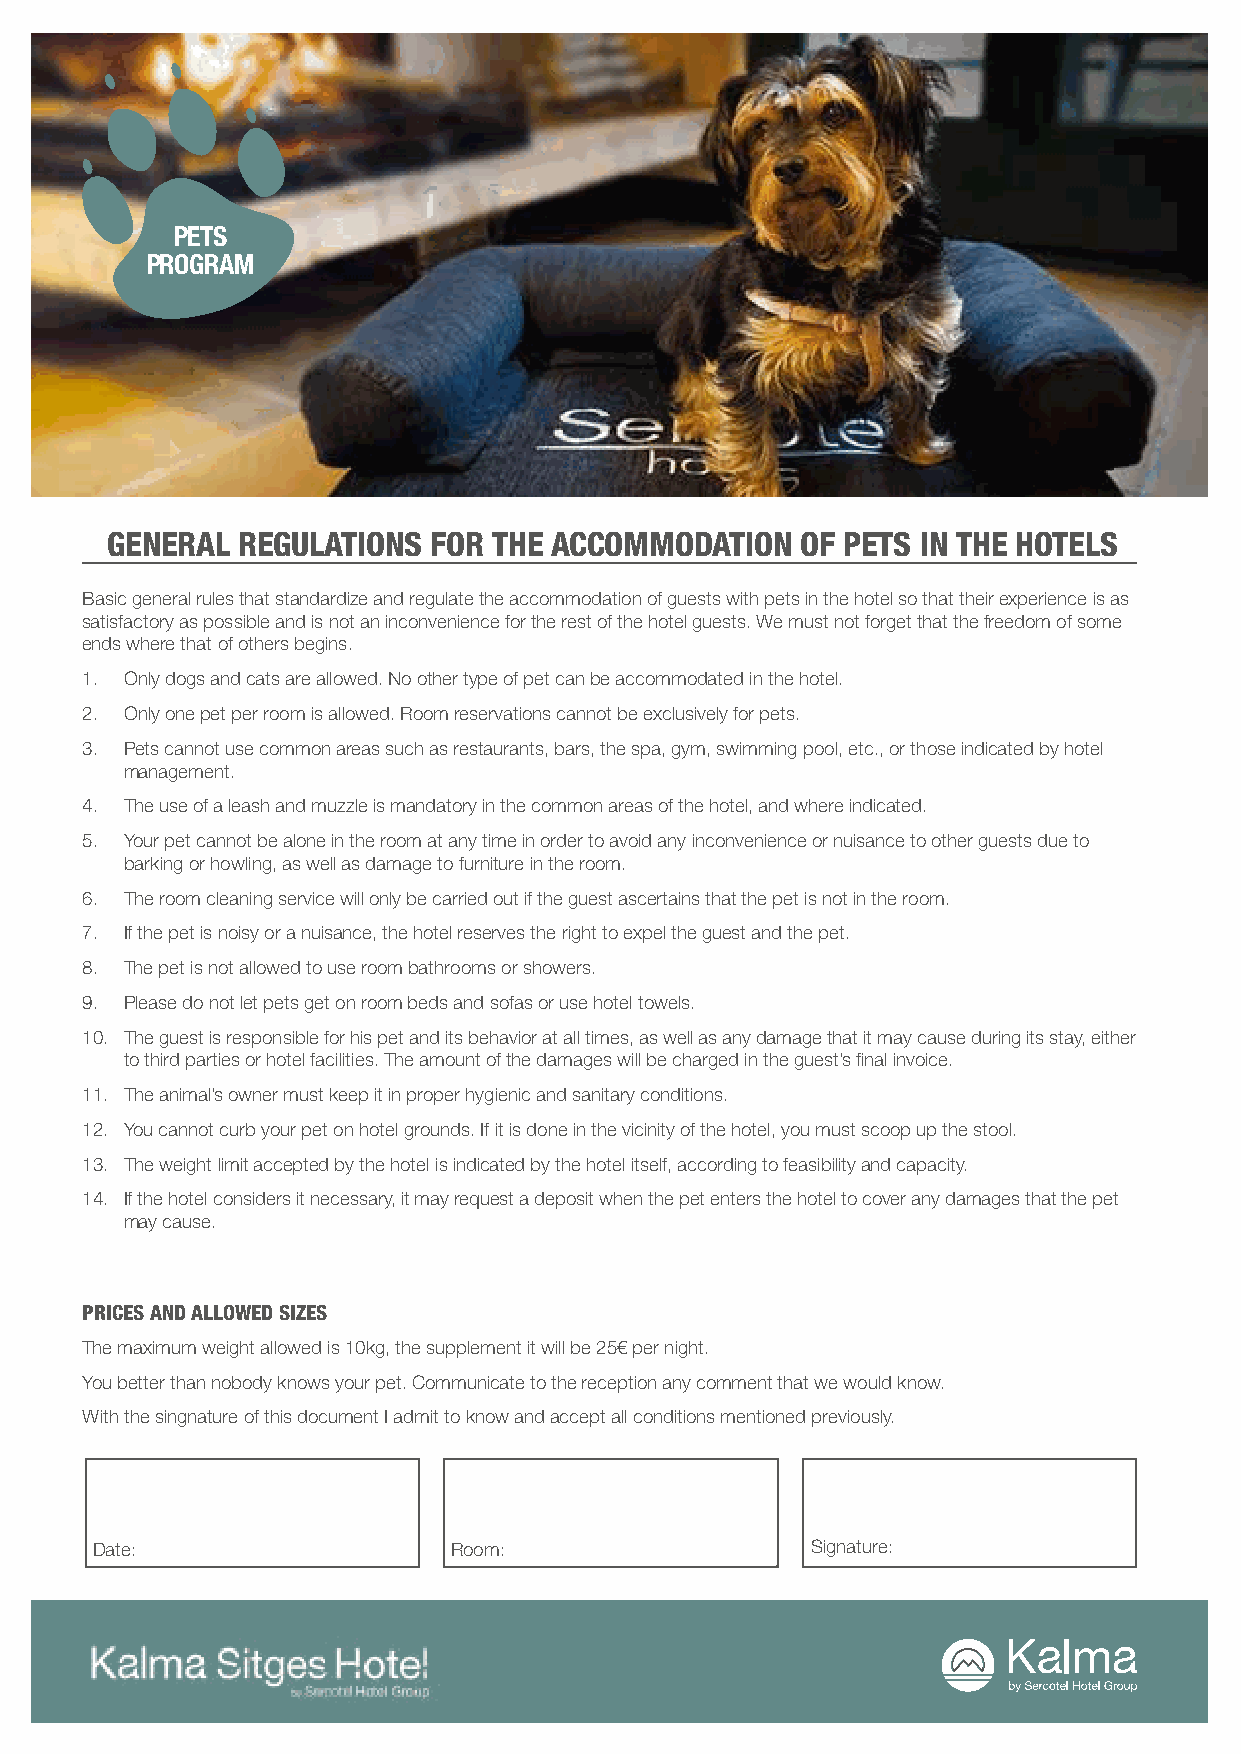
PETS
 PROGRAM
 GENERAL  REGULATIONS  FOR THE ACCOMMODATION   OF PETS IN THE HOTELS
 Basic general rules that standardize and regulate the accommodation of guests with pets in the hotel so that their experience is as
 satisfactory as possible and is not an inconvenience for the rest of the hotel guests. We must not forget that the freedom of some
 ends where that of others begins.
 1. Only dogs and cats are allowed. No other type of pet can be accommodated in the hotel.
 2. Only one pet per room is allowed. Room reservations cannot be exclusively for pets.
 3. Pets cannot use common areas such as restaurants, bars, the spa, gym, swimming pool, etc., or those indicated by hotel
 management.
 4. The use of a leash and muzzle is mandatory in the common areas of the hotel, and where indicated.
 5. Your pet cannot be alone in the room at any time in order to avoid any inconvenience or nuisance to other guests due to
 barking or howling, as well as damage to furniture in the room.
 6. The room cleaning service will only be carried out if the guest ascertains that the pet is not in the room.
 7. If the pet is noisy or a nuisance, the hotel reserves the right to expel the guest and the pet.
 8. The pet is not allowed to use room bathrooms or showers.
 9. Please do not let pets get on room beds and sofas or use hotel towels.
 10. The guest is responsible for his pet and its behavior at all times, as well as any damage that it may cause during its stay, either
 to third parties or hotel facilities. The amount of the damages will be charged in the guest’s final invoice.
 11. The animal’s owner must keep it in proper hygienic and sanitary conditions.
 12. You cannot curb your pet on hotel grounds. If it is done in the vicinity of the hotel, you must scoop up the stool.
 13. The weight limit accepted by the hotel is indicated by the hotel itself, according to feasibility and capacity.
 14. If the hotel considers it necessary, it may request a deposit when the pet enters the hotel to cover any damages that the pet
 may cause.
 PRICES AND ALLOWED SIZES
 The maximum weight allowed is 10kg, the supplement it will be 25€ per night.
 You better than nobody knows your pet. Communicate to the reception any comment that we would know.
 With the singnature of this document I admit to know and accept all conditions mentioned previously.
 Date:                   Room:                   Signature: